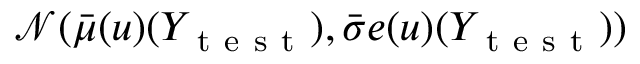
\mathcal { N } ( \bar { \mu } ( u ) ( Y _ { \mathrm { ~ t ~ e ~ s ~ t ~ } } ) , \bar { \sigma } e ( u ) ( Y _ { \mathrm { ~ t ~ e ~ s ~ t ~ } } ) )